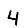
Digit: 4